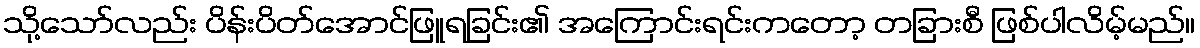
သို့သော်လည်း ပိန်းပိတ်အောင်ဖြူရခြင်း၏ အကြောင်းရင်းကတော့ တခြားစီ ဖြစ်ပါလိမ့်မည်။